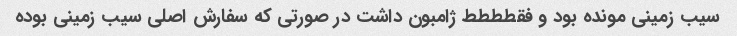
سیب زمینی مونده بود و فقطططط ژامبون داشت در صورتی که سفارش اصلی سیب زمینی بوده